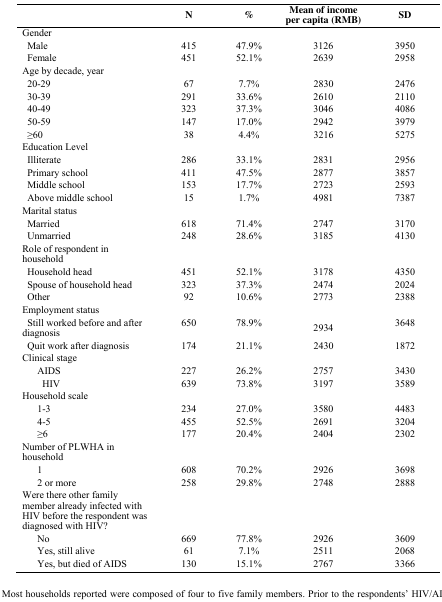
<table><thead><tr><td></td><td><b>N</b></td><td><b>%</b></td><td><b>Mean of income per capita (RMB)</b></td><td><b>SD</b></td></tr></thead><tbody><tr><td>Gender</td><td></td><td></td><td></td><td></td></tr><tr><td> Male</td><td>415</td><td>47.9%</td><td>3126</td><td>3950</td></tr><tr><td> Female</td><td>451</td><td>52.1%</td><td>2639</td><td>2958</td></tr><tr><td>Age by decade, year</td><td></td><td></td><td></td><td></td></tr><tr><td> 20-29</td><td>67</td><td>7.7%</td><td>2830</td><td>2476</td></tr><tr><td> 30-39</td><td>291</td><td>33.6%</td><td>2610</td><td>2110</td></tr><tr><td> 40-49</td><td>323</td><td>37.3%</td><td>3046</td><td>4086</td></tr><tr><td> 50-59</td><td>147</td><td>17.0%</td><td>2942</td><td>3979</td></tr><tr><td> ≥60</td><td>38</td><td>4.4%</td><td>3216</td><td>5275</td></tr><tr><td>Education Level</td><td></td><td></td><td></td><td></td></tr><tr><td> Illiterate</td><td>286</td><td>33.1%</td><td>2831</td><td>2956</td></tr><tr><td> Primary school</td><td>411</td><td>47.5%</td><td>2877</td><td>3857</td></tr><tr><td> Middle school</td><td>153</td><td>17.7%</td><td>2723</td><td>2593</td></tr><tr><td> Above middle school</td><td>15</td><td>1.7%</td><td>4981</td><td>7387</td></tr><tr><td>Marital status</td><td></td><td></td><td></td><td></td></tr><tr><td> Married</td><td>618</td><td>71.4%</td><td>2747</td><td>3170</td></tr><tr><td> Unmarried</td><td>248</td><td>28.6%</td><td>3185</td><td>4130</td></tr><tr><td>Role of respondent in household</td><td></td><td></td><td></td><td></td></tr><tr><td> Household head</td><td>451</td><td>52.1%</td><td>3178</td><td>4350</td></tr><tr><td> Spouse of household head</td><td>323</td><td>37.3%</td><td>2474</td><td>2024</td></tr><tr><td> Other</td><td>92</td><td>10.6%</td><td>2773</td><td>2388</td></tr><tr><td>Employment status</td><td></td><td></td><td></td><td></td></tr><tr><td> Still worked before and after diagnosis</td><td>650</td><td>78.9%</td><td>2934</td><td>3648</td></tr><tr><td> Quit work after diagnosis</td><td>174</td><td>21.1%</td><td>2430</td><td>1872</td></tr><tr><td>Clinical stage</td><td></td><td></td><td></td><td></td></tr><tr><td> AIDS</td><td>227</td><td>26.2%</td><td>2757</td><td>3430</td></tr><tr><td> HIV</td><td>639</td><td>73.8%</td><td>3197</td><td>3589</td></tr><tr><td>Household scale</td><td></td><td></td><td></td><td></td></tr><tr><td> 1-3</td><td>234</td><td>27.0%</td><td>3580</td><td>4483</td></tr><tr><td> 4-5</td><td>455</td><td>52.5%</td><td>2691</td><td>3204</td></tr><tr><td> ≥6</td><td>177</td><td>20.4%</td><td>2404</td><td>2302</td></tr><tr><td>Number of PLWHA in household</td><td></td><td></td><td></td><td></td></tr><tr><td> 1</td><td>608</td><td>70.2%</td><td>2926</td><td>3698</td></tr><tr><td> 2 or more</td><td>258</td><td>29.8%</td><td>2748</td><td>2888</td></tr><tr><td>Were there other family member already infected with HIV before the respondent was diagnosed with HIV?</td><td></td><td></td><td></td><td></td></tr><tr><td> No</td><td>669</td><td>77.8%</td><td>2926</td><td>3609</td></tr><tr><td> Yes, still alive</td><td>61</td><td>7.1%</td><td>2511</td><td>2068</td></tr><tr><td> Yes, but died of AIDS</td><td>130</td><td>15.1%</td><td>2767</td><td>3366</td></tr></tbody></table>